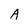
Character: A